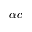
\alpha c